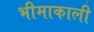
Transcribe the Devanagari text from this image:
भीमाकाली